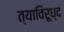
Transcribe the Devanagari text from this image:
त्याविरूध्द